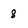
Character: 8